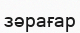
зәрағар